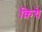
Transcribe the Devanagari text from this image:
क़िये